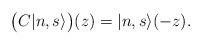
LaTeX: \begin{align*}\bigl(C|n,s\rangle\bigr)(z) =|n,s\rangle(-z).\end{align*}